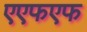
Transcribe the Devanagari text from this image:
एएफएफ